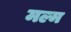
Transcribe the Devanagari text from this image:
मल्म